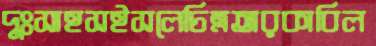
দুঃসাহসইসলেচিত্রতারকাবিল